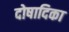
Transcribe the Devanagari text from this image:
दोषादिका